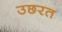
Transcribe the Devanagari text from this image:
उछरत